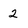
Character: 2